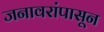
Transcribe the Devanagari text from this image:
जनावरांपासून